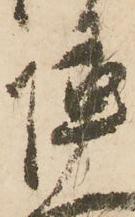
陣